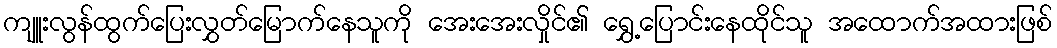
ကျူးလွန်ထွက်ပြေးလွှတ်မြောက်နေသူကို အေးအေးလှိုင်၏ ရွှေ့ပြောင်းနေထိုင်သူ အထောက်အထားဖြစ်